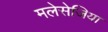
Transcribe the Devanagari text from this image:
मलेसेजिया